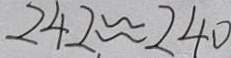
2 4 2 . \approx 2 4 0